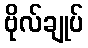
ဗိုလ်ချုပ်